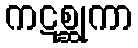
ကဋစ္ဆုကာ